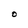
Character: 0